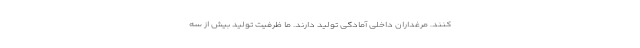
کنند. مرغداران داخلی آمادگی تولید دارند. ما ظرفیت تولید بیش از سه